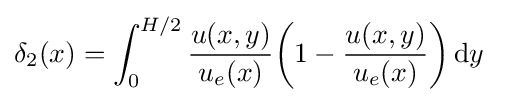
\delta _{2}(x)=\int _{0}^{H/2}{{u(x,y) \over u_{e}(x)}{\left(1-{u(x,y) \over u_{e}(x)}\right)}}\,\mathrm {d} y\quad